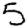
Digit: 5